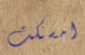
امسكت